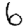
Digit: 6